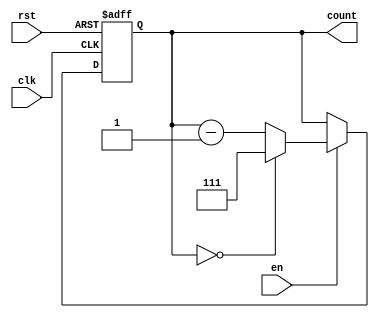
module down_counter_moore #(
    parameter N = 3 // Number of bits for the counter
)(
    input wire clk,      // Clock signal
    input wire rst,      // Asynchronous reset (active high)
    input wire en,       // Enable signal
    output reg [N-1:0] count // Current count output
);

// State encoding
localparam MAX_COUNT = (1 << N) - 1; // Maximum count value (2^N - 1)

// Sequential logic for state transition
always @(posedge clk or posedge rst) begin
    if (rst) begin
        count <= MAX_COUNT; // Reset to maximum state (N-1)
    end else if (en) begin
        if (count == 0) begin
            count <= MAX_COUNT; // Wrap around to maximum state
        end else begin
            count <= count - 1; // Decrement the count
        end
    end
    // If en is low, retain the current state (no transition)
end

endmodule